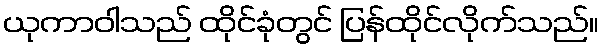
ယုကာဝါသည် ထိုင်ခုံတွင် ပြန်ထိုင်လိုက်သည်။